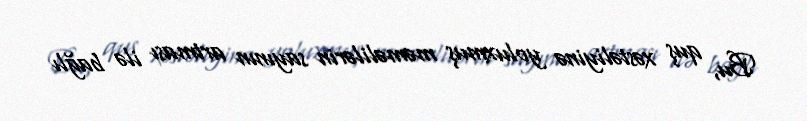
Bu, quş xəstəliyinə yoluxmuş məməlilərin sayının artması ilə bağlı